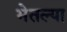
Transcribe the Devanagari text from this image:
भेतल्या